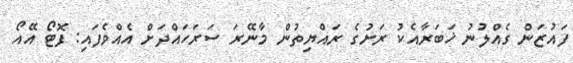
ފައުޒަން ގެއްލުނު ޚަބަރާއެކު ރަށުގެ ރައްޔިތުން މާނޭރަ ސަރަހައްދަށް އެއްވެފައި: ފޮޓޯ އޭއޯ